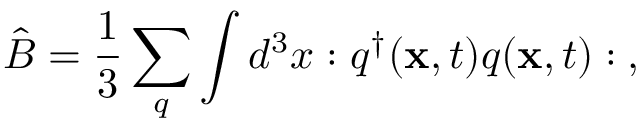
\hat { B } = \frac { 1 } { 3 } \sum _ { q } \int d ^ { 3 } x : q ^ { \dagger } ( { \bf x } , t ) q ( { \bf x } , t ) : \: ,